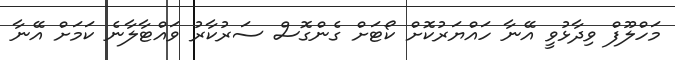
މަހްލޫފް ވިދާޅުވީ އޭނާ ހައްޔަރުކޮށް ކޯޓަށް ގެންގޮސް ސަރުކާރު ވައްޓާލާނެ ކަމަށް އޭނާ